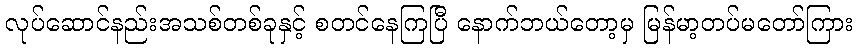
လုပ်ဆောင်နည်းအသစ်တစ်ခုနှင့် စတင်နေကြပြီ နောက်ဘယ်တော့မှ မြန်မာ့တပ်မတော်ကြား